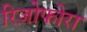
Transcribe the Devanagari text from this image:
रिज़ोफोरा